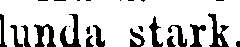
lunda, stark.